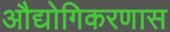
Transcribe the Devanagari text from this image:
औद्योगिकरणास